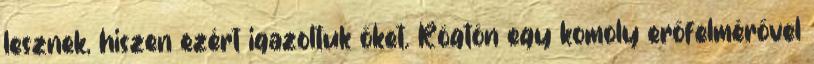
lesznek, hiszen ezért igazoltuk őket. Rögtön egy komoly erőfelmérővel